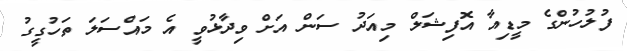
ފުލުހުންގެ މީޑިއާ އޮފިޝަލް މިއަދު ސަން އަށް ވިދާޅުވީ އެ މައްސަލަ ތަހުގީގު